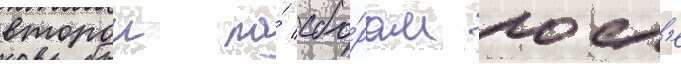
второи по́ сбо́рам посл'е